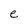
Character: e